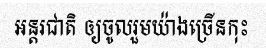
អន្តរជាតិ ឲ្យចូលរួមយ៉ាងច្រើនកុះ